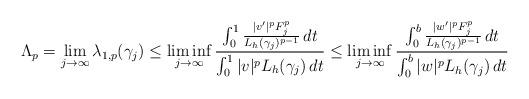
LaTeX: \begin{align*}\Lambda_p = \lim_{j \to \infty} \lambda_{1,p}(\gamma_j)\le \liminf_{j \to \infty} \frac{ \int_0^1 \frac{| v' |^p F_j^p}{L_h(\gamma_j)^{p-1}} \,dt}{\int_0^1 | v |^p L_h(\gamma_j) \,dt}\le \liminf_{j \to \infty} \frac{ \int_0^b \frac{| w' |^p F_j^p}{L_h(\gamma_j)^{p-1}} \,dt}{\int_0^b | w |^p L_h(\gamma_j) \,dt}\end{align*}